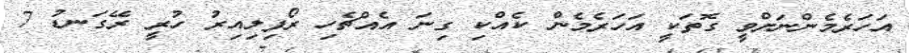
އަހަރެމެންނަށްވީ ގޮތަކީ އަހަރެމެން ކެއްކި ގިނަ އެއްޗެހި ރޯފިލިއިރު ހުރީ ރޭގަނޑު 7